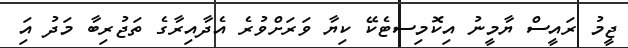
ޖީމު ރައީސް ޔާމީނު އިކޮމިސޓެކޭ ކިޔާ ވަރަށްވުރެ އެދާއިރާގެ ތަޖުރިބާ މަދު އަި